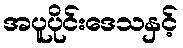
အပူပိုင်းဒေသနှင့်